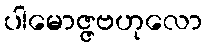
ပါမောဇ္ဇဗဟုလော